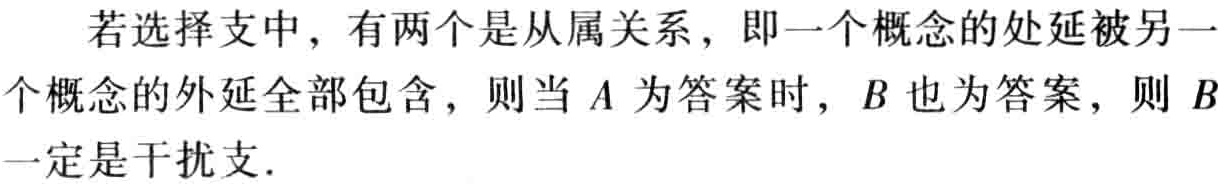
若选择支中，有两个是从属关系，即一个概念的处延被另一个概念的外延全部包含，则当\(A\)为答案时，\(B\)也为答案，则 \(B\)一定是干扰支.